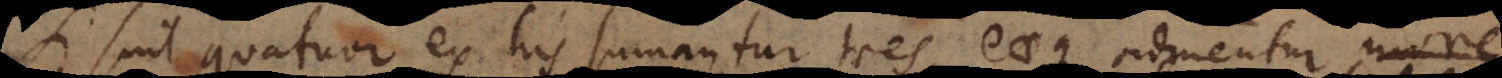
Si sint quatuor ex his sumantur tres, eaeque ordinentur more